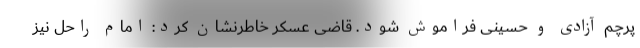
پرچم آزادی و حسینی فراموش شود. قاضی عسکر خاطرنشان کرد: امام راحل نیز